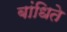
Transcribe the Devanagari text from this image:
बांधिते